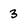
Character: 3